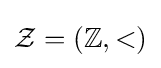
{\mathcal {Z}}=(\mathbb {Z} ,<)